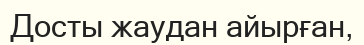
Досты жаудан айырған,